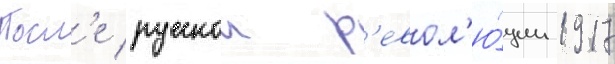
Посл'е русскои р'евол'ю́ции 1917